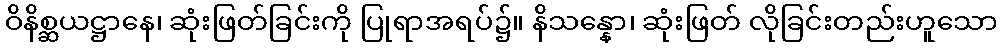
ဝိနိစ္ဆယဋ္ဌာနေ၊ ဆုံးဖြတ်ခြင်းကို ပြုရာအရပ်၌။ နိသန္နော၊ ဆုံးဖြတ် လိုခြင်းတည်းဟူသော